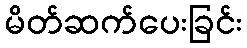
မိတ်ဆက်ပေးခြင်း